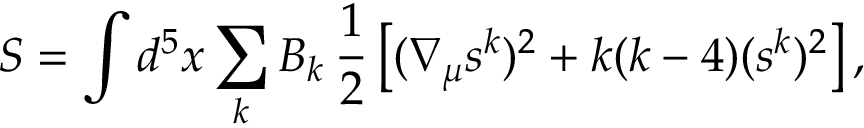
S = \int d ^ { 5 } x \sum _ { k } B _ { k } \, \frac { 1 } { 2 } \left[ ( \nabla _ { \mu } s ^ { k } ) ^ { 2 } + k ( k - 4 ) ( s ^ { k } ) ^ { 2 } \right] ,